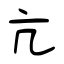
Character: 亢